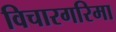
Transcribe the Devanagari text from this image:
विचारगरिमा